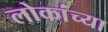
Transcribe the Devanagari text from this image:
लोकांच्‍या